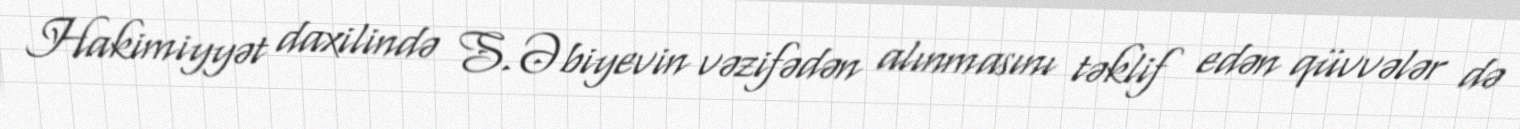
Hakimiyyət daxilində S.Əbiyevin vəzifədən alınmasını təklif edən qüvvələr də